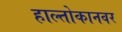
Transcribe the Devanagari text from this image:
हाल्तोकानवर